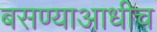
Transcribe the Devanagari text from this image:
बसण्याआधीच